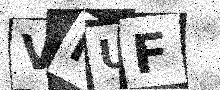
Text: VNUF